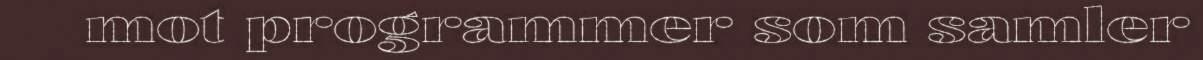
mot programmer som samler